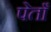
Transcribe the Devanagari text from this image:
पेताँ